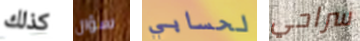
كذلك سؤال لحسابي سراحي